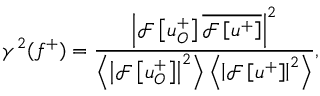
\gamma ^ { 2 } ( f ^ { + } ) = \frac { \left| \mathcal { F } \left[ u _ { O } ^ { + } \right] \overline { { \mathcal { F } \left[ u ^ { + } \right] } } \right| ^ { 2 } } { \left< \left| \mathcal { F } \left[ u _ { O } ^ { + } \right] \right| ^ { 2 } \right> \left< \left| \mathcal { F } \left[ u ^ { + } \right] \right| ^ { 2 } \right> } ,